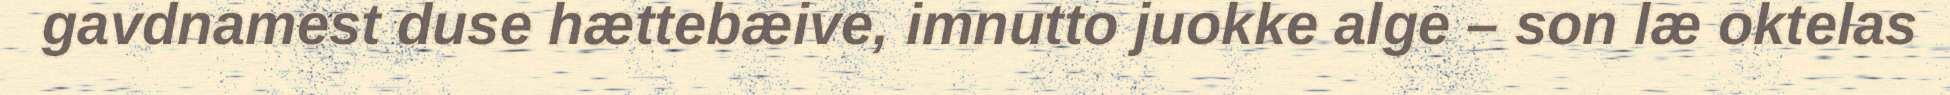
gavdnamest duse hættebæive, imnutto juokke alge – son læ oktelas